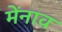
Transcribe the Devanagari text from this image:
मेंनाव